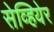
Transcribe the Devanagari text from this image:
सेव्हियेर